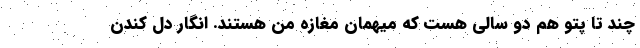
چند تا پتو هم دو سالی هست که میهمان مغازه من هستند. انگار دل کندن